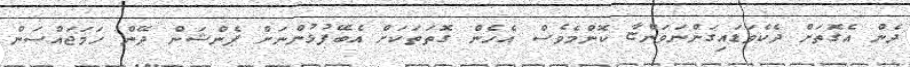
ދެން އެގޮތަށް ދެކެވަޑައިގަންނަވަންޏާ ކޮންމެވެސް އެހެން ގޮތަތަކަށް އެބޭފުޅުންނަށް ޕެންޝަން ދޭން ހަމަޖައްސަން